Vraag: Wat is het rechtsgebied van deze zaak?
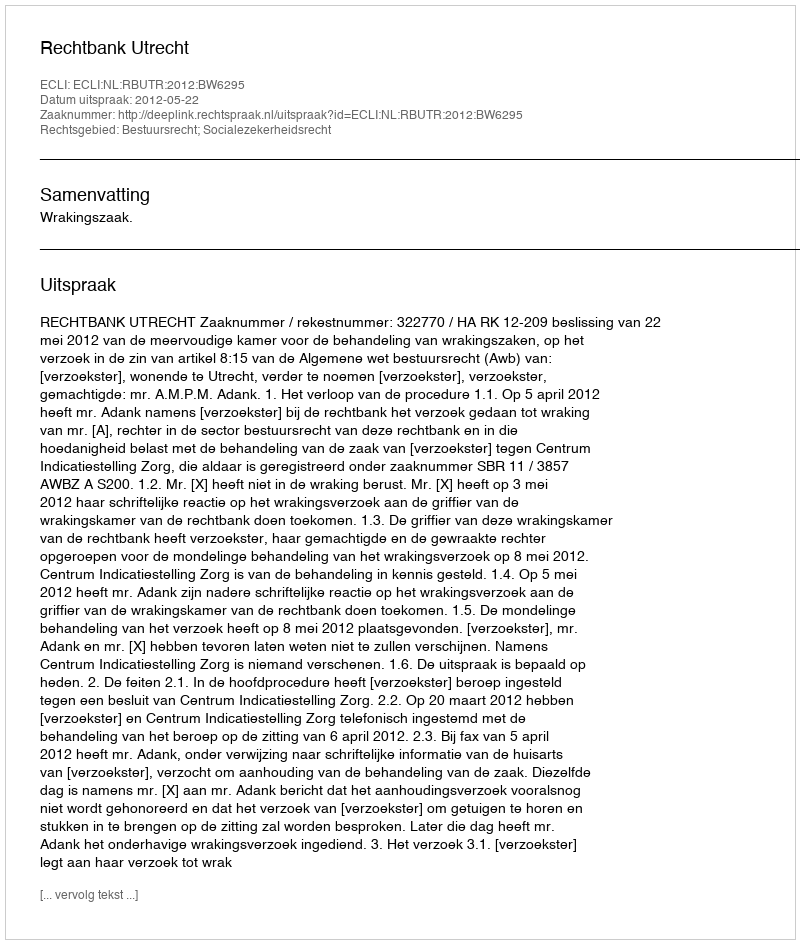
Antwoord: Bestuursrecht; Socialezekerheidsrecht